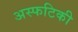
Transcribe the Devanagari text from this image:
अस्फटिकी